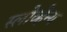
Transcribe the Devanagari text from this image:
स्लोव्हेन्य